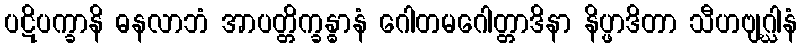
ပဋိပက္ခာနိ ဓနလာဘံ အာပတ္တိက္ခန္ဓာနံ ဂေါတမဂေါတ္တာဒိနာ နိပ္ဖာဒိတာ သီဟဗျဂ္ဃါနံ